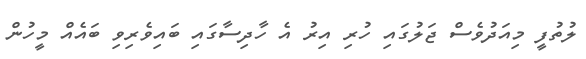
ލުތުފީ މިއަދުވެސް ޖަލުގައި ހުރި އިރު އެ ހާދިސާގައި ބައިވެރިވި ބައެއް މީހުން